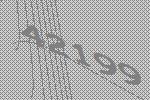
42199